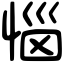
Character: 惱